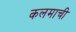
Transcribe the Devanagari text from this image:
कलमाची